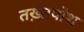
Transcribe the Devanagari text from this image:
तख़्तपोश